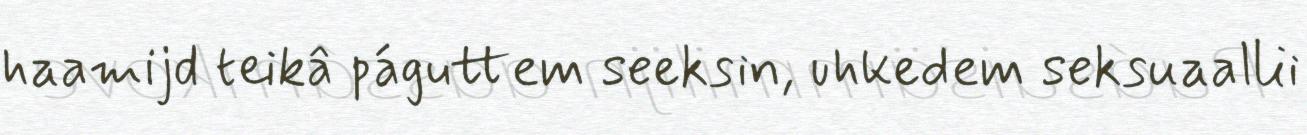
haamijd teikâ páguttem seeksin, uhkedem seksuaallii